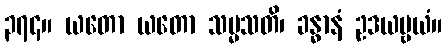
၃၇၄။ ယတော ယတော သမ္မသတိ၊ ခန္ဓာနံ ဥဒယဗ္ဗယံ။